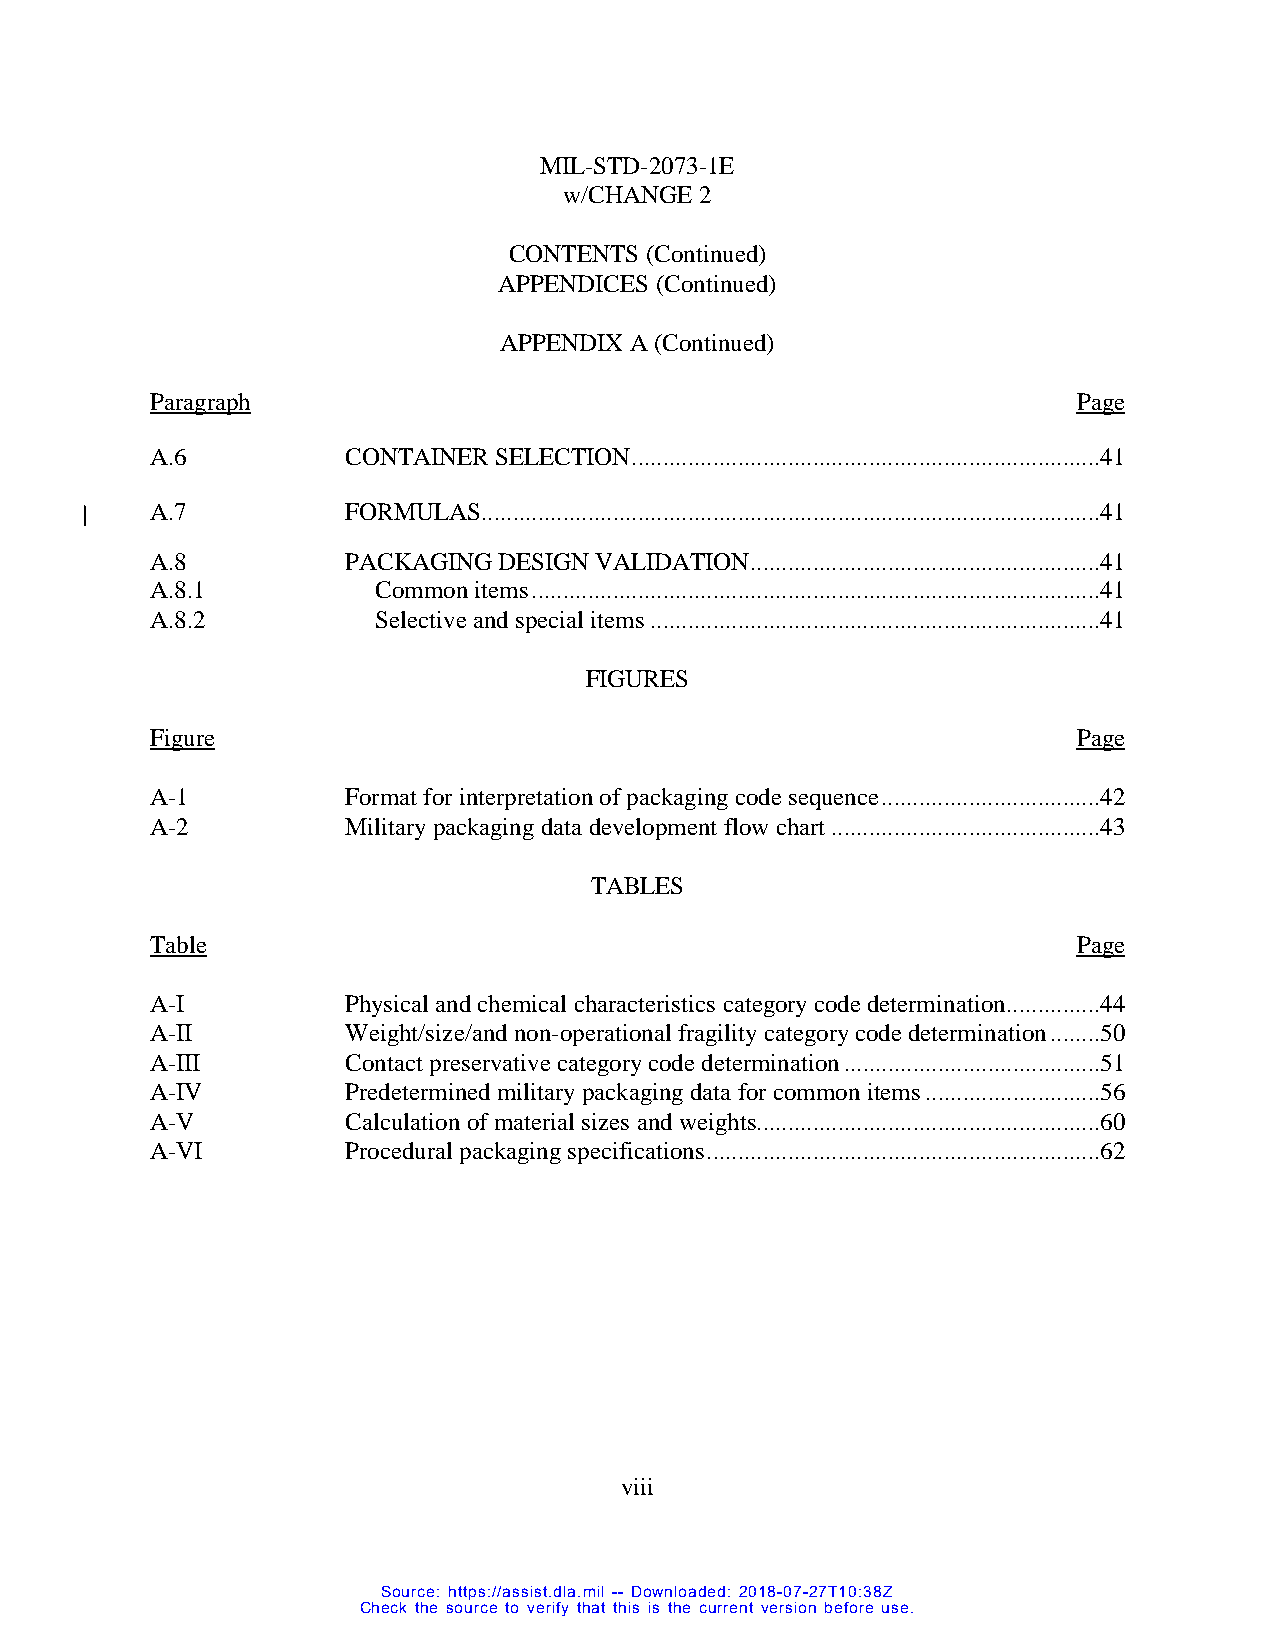
MIL-STD-2073-1E
 w/CHANGE 2
 CONTENTS (Continued)
 APPENDICES (Continued)
 APPENDIX A (Continued)
 Paragraph                                                    Page
 A.6          CONTAINER SELECTION ...........................................................................41
 A.7          FORMULAS ...................................................................................................41
 A.8          PACKAGING DESIGN VALIDATION ........................................................41
 A.8.1          Common items ...........................................................................................41
 A.8.2          Selective and special items ........................................................................41
 FIGURES
 Figure                                                       Page
 A-1          Format for interpretation of packaging code sequence ...................................42
 A-2          Military packaging data development flow chart ...........................................43
 TABLES
 Table                                                        Page
 A-I          Physical and chemical characteristics category code determination ...............44
 A-II         Weight/size/and non-operational fragility category code determination ........50
 A-III        Contact preservative category code determination .........................................51
 A-IV         Predetermined military packaging data for common items ............................56
 A-V          Calculation of material sizes and weights.......................................................60
 A-VI         Procedural packaging specifications ...............................................................62
 vi ii
 Source: https://assist.dla.mil -- Downloaded: 2018-07-27T10:38Z
 Check the source to verify that this is the current version before use.